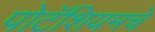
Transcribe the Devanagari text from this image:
पोटॅशियमचे